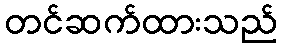
တင်ဆက်ထားသည်